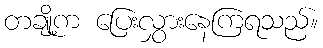
တချို့က ပြေးလွှားနေကြရသည်။